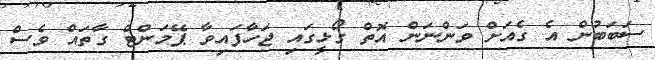
ސަބަބުން އެ ގެއަށް ވަންނަން އޮތް ގޯޅީގައި ޖަހާފައިވާ ޕޭމަންޓް ގާތައް ވެސް